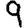
Digit: 9